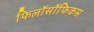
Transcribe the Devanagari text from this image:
फिलॉसॉफिकस